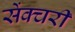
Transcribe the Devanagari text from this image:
सेंक्चरी